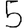
Digit: 5